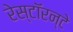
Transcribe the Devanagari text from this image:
रेस्टॉरन्टे